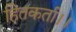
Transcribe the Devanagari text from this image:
हितकर्ता।।